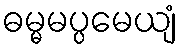
ဓမ္မမပ္ပမေယျံ